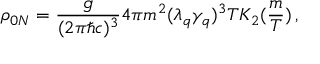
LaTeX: \rho _ { 0 N } = \frac { g } { ( 2 \pi \hbar c ) ^ { 3 } } 4 \pi m ^ { 2 } ( \lambda _ { q } \gamma _ { q } ) ^ { 3 } T K _ { 2 } ( \frac { m } { T } ) \, ,